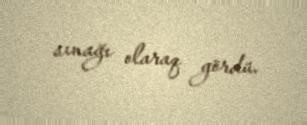
sınağı olaraq gördü.